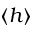
\langle h \rangle